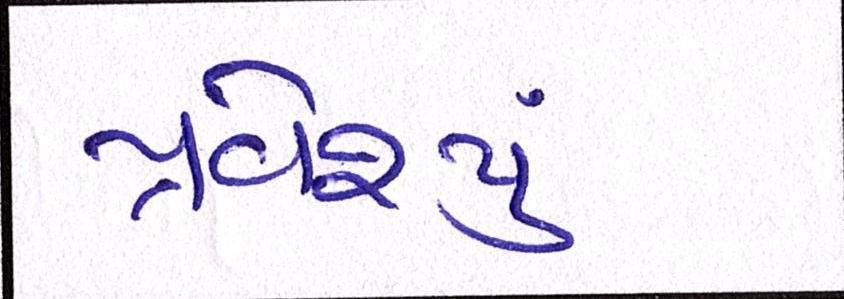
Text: પ્રવેશ્યું